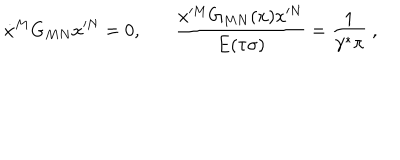
\dot { x } ^ { M } G _ { M N } x ^ { \prime N } = 0 , ~ { \frac { x ^ { \prime M } G _ { M N } ( x ) x ^ { \prime N } } { E ( \tau \sigma ) } } = { \frac { 1 } { \gamma ^ { \ast } \pi } } ~ ,